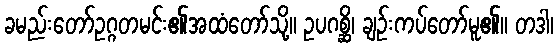
ခမည်းတော်ဥဂ္ဂတမင်း၏အထံတော်သို့။ ဥပဂစ္ဆိ၊ ချဉ်းကပ်တော်မူ၏။ တဒါ၊